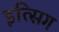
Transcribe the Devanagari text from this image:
इत्सिग